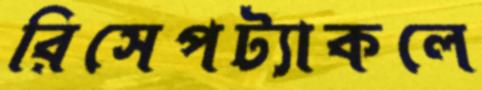
রিসেপট্যাকলে